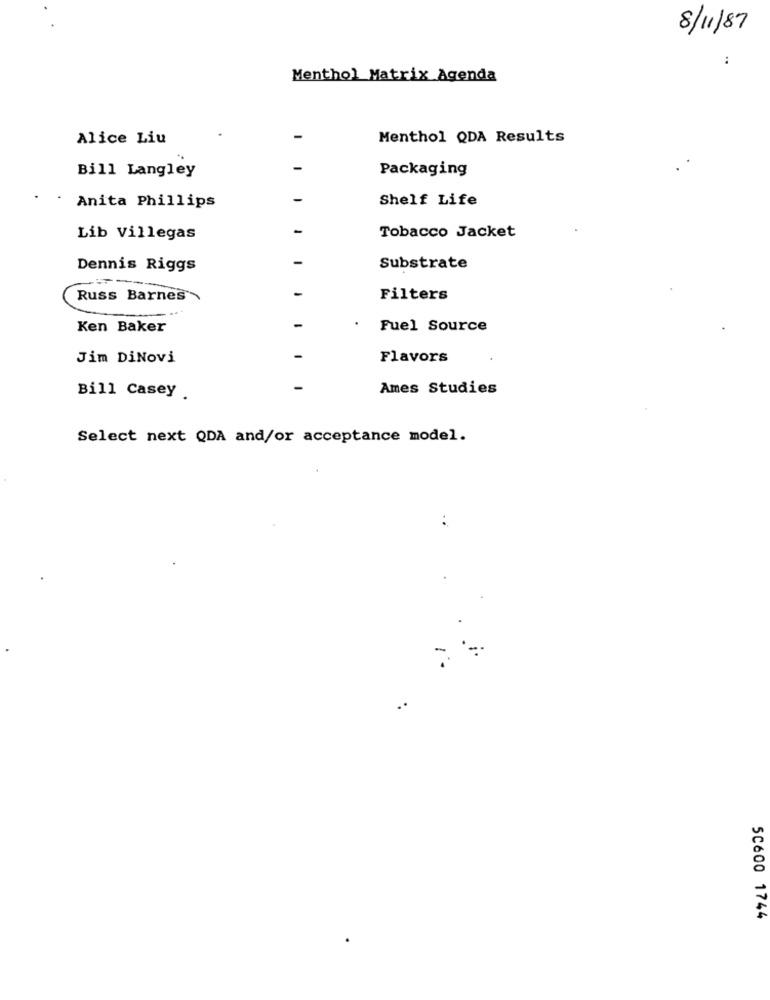
8/11/87
:
Menthol Matrix Agenda
Alice Liu
Menthol QDA Results
Bill Langley
Packaging
Shelf Life
. Anita Phillips
Tobacco Jacket
Lib Villegas
Dennis Riggs
Substrate
Russ Barnes
Filters
Ken Baker
Fuel Source
Jim DiNovi
Flavors
Ames Studies
Bill Casey .
Select next QDA and/or acceptance model.
..
5C600 1744